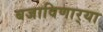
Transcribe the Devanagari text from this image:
बजाविणार्‍या